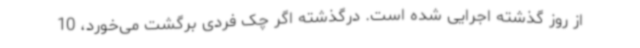
از روز گذشته اجرایی شده است. درگذشته اگر چک فردی برگشت می‌خورد، 10